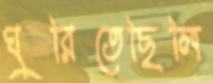
ঘুরিতেছিলি